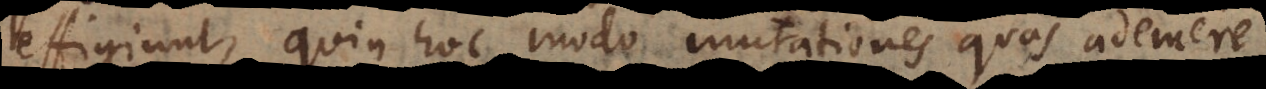
effugiunt], quin hoc modo mutationes quas ademere